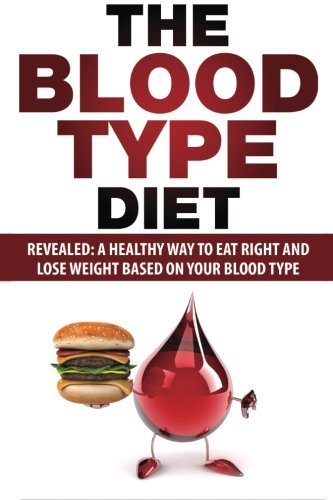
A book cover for Blood Type Diet: Revealed: A Healthy Way To Eat Right And Lose Weight Based On Your Blood Type; David Dolore; Health, Fitness & Dieting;